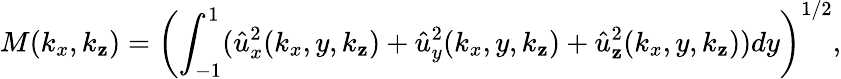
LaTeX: M(k_{x},k_{\mathbf{z}})=\left(\int_{-1}^{1}(\hat{{u}}_{x}^{2}(k_{x},y,k_{\mathbf{z}})+\hat{{u}}_{y}^{2}(k_{x},y,k_{\mathbf{z}})+\hat{{u}}_{\mathbf{z}}^{2}(k_{x},y,k_{\mathbf{z}}))dy\right)^{1/2},